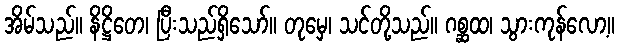
အိမ်သည်။ နိဋ္ဌိတေ၊ ပြီးသည်ရှိသော်။ တုမှေ၊ သင်တို့သည်။ ဂစ္ဆထ၊ သွားကုန်လော့။